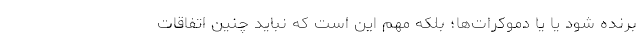
برنده شود یا یا دموکرات‌ها؛ بلکه مهم این است که نباید چنین اتفاقات